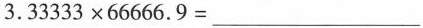
3.333×666.9=2222.7777 3.3333×6666.9=_________